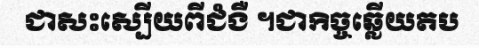
ជាសះស្បើយពីជំងឺ ។ជាកិច្ចឆ្លើយតប